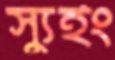
স্যুইং